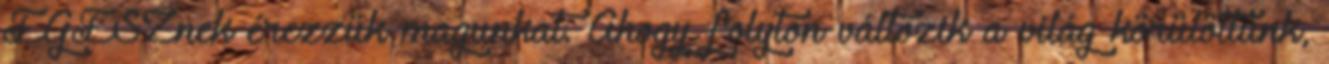
EGÉSZnek érezzük magunkat. Ahogy folyton változik a világ körülöttünk,